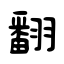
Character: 翻